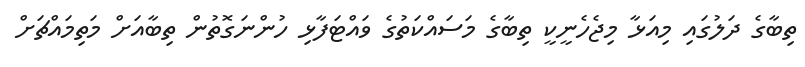
ތިބާގެ ދަލުގައި މިއަޅާ މިޖެހެނީކީ ތިބާގެ މަސައްކަތުގެ ވައްޓަފާޅި ހުންނަގޮތުން ތިބާއަށް މަތިމައްޗަށް